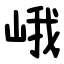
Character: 峨